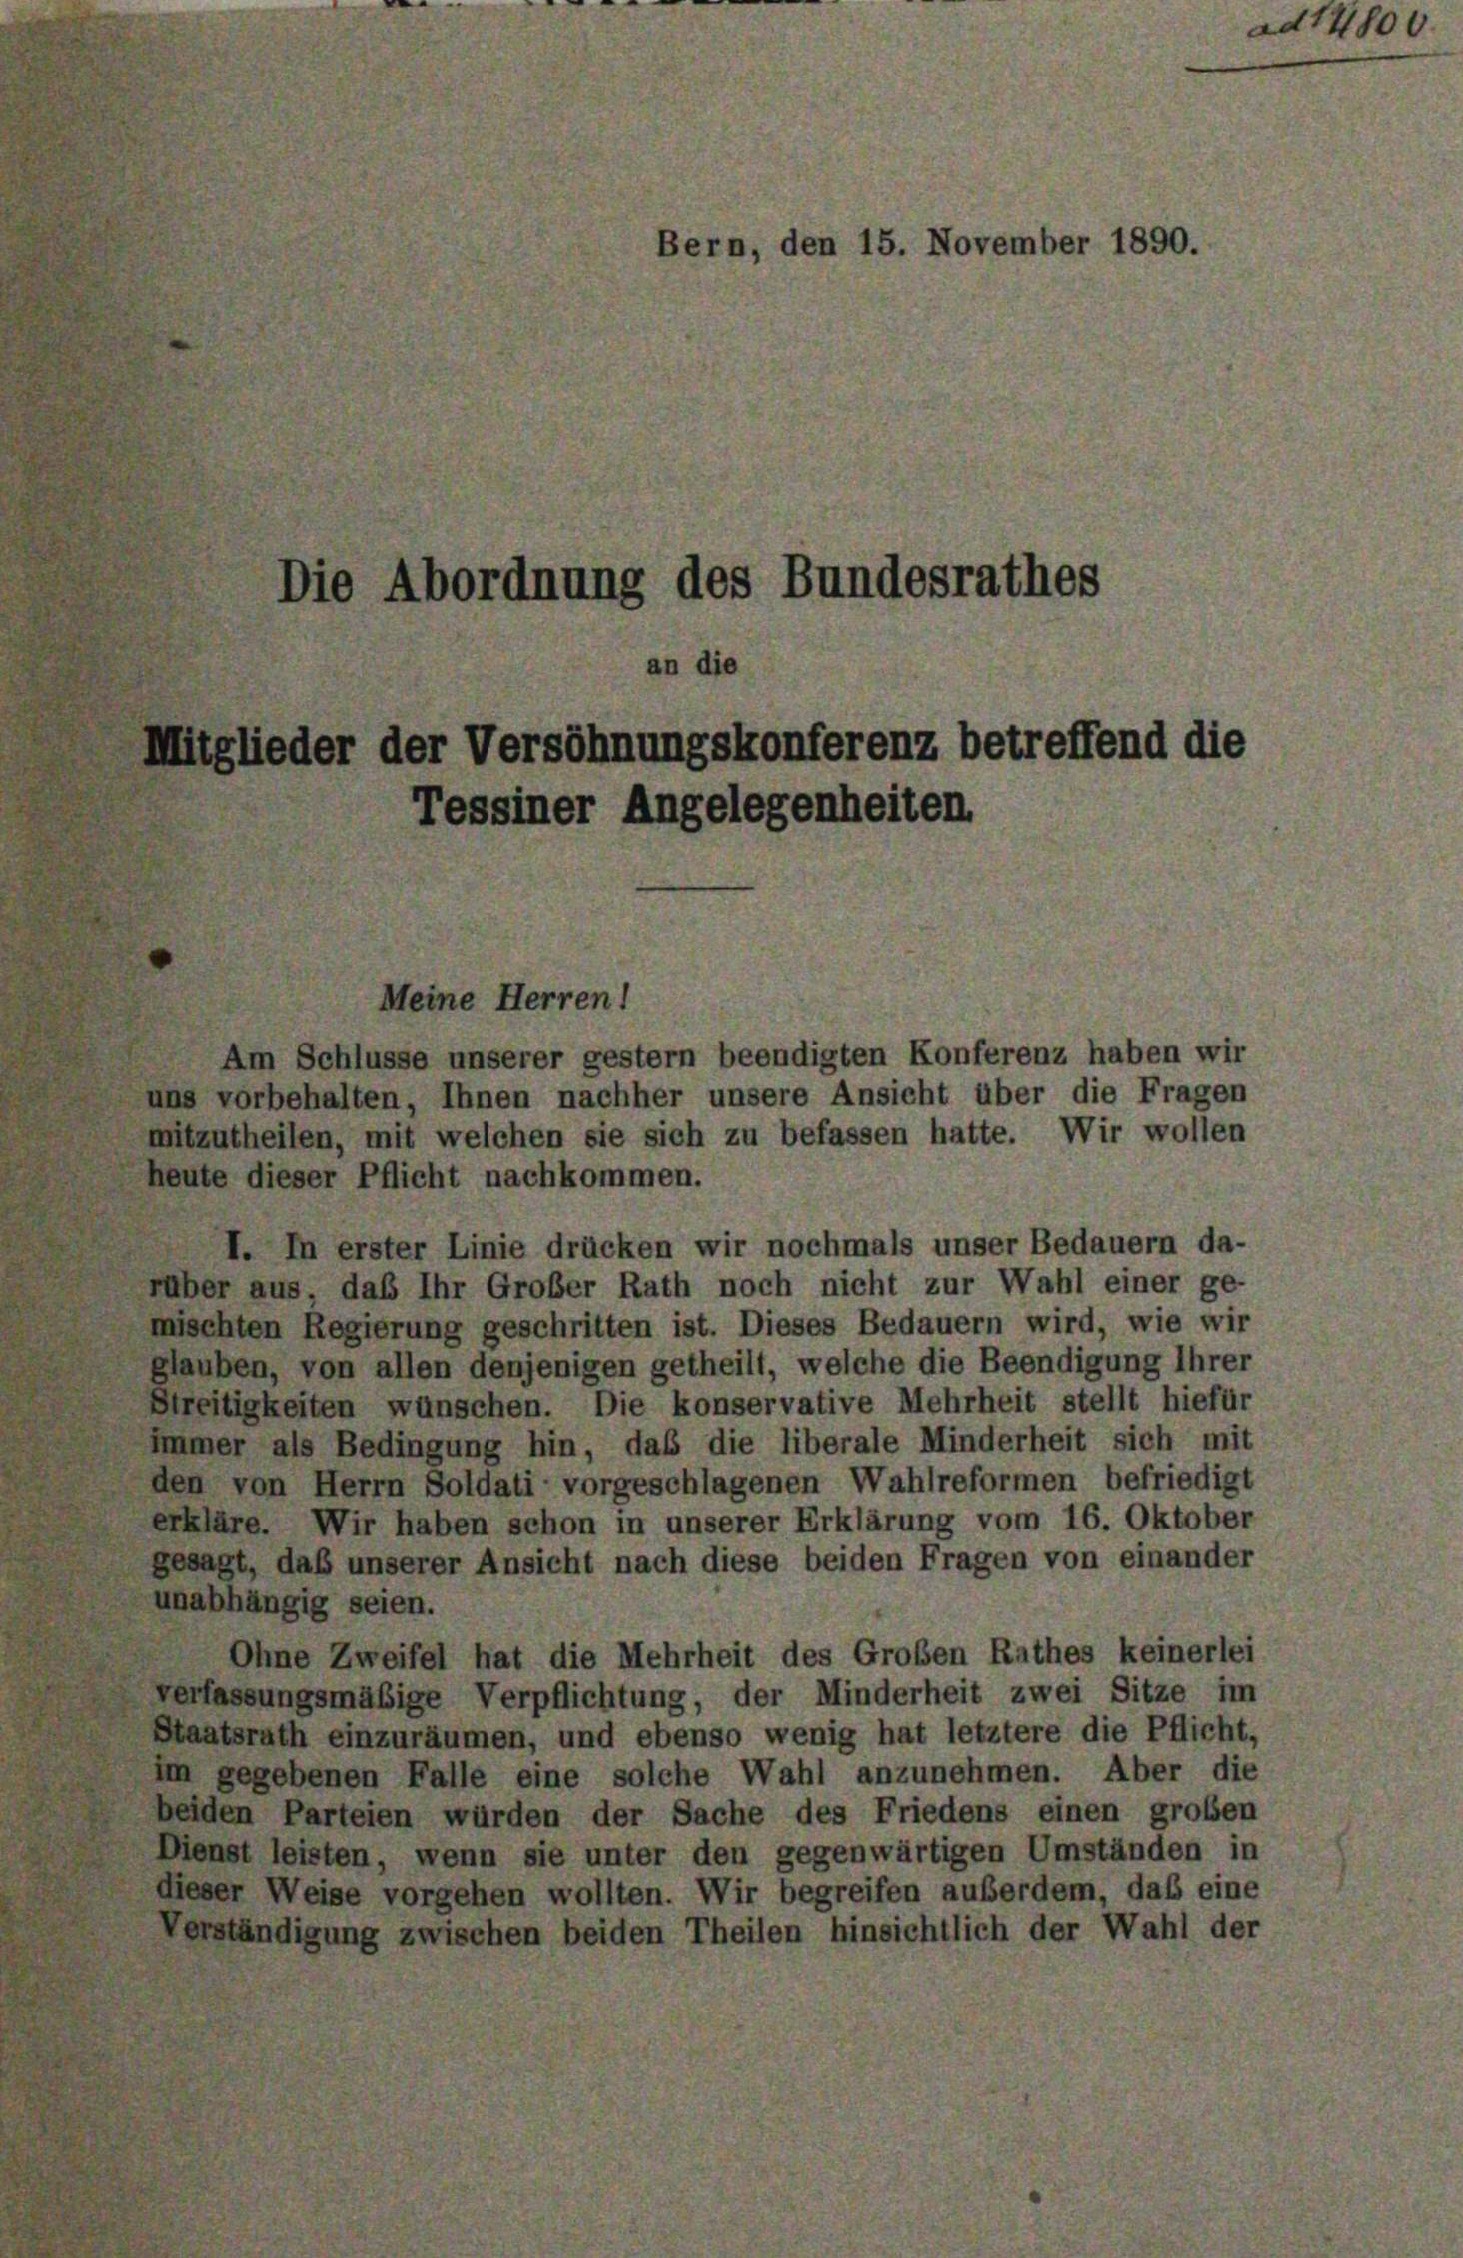
Bern, den 15. November 1890.
Die Abordnung des Bundesrathes
an die
Mitglieder der Versöhnungskonferenz betreffend die
Tessiner Angelegenheiten

Am Schlüsse unserer gestem beendigten Konferenz haben wir
uns vorbehalten, Ihnen nachher unsere Ansicht über die Fragen
mitzutheilen, mit welchen sie sich zu befassen hatte. Wir wollen
heute dieser Pflicht nachkommen.
I. In erster Linie drücken wir nochmals unser Bedauern da-
rüber aus das Ihr Großer Rath noch nicht zur Wahl einer ge-
mischten Regierung geschritten ist. Dieses Bedauern wird, wie wir
glauben, von allen denjenigen getheilt, welche die Beendigung ihrer
Streitigkeiten wünschen. Die konservative Mehrheit stellt hiefür
immer als Bedingung hin, daß die liberale Minderheit sich mit
den von Herrn Soldati vorgeschlagenen Wahlreformen befriedigt
erkläre. Wir haben schon in unserer Erklärung vom 16. Oktober
gesagt, daß unserer Ansicht nach diese beiden Fragen von einander
unabhängig seien.
Ohne Zweifel hat die Mehrheit des Großen Rathes keinerlei
verfassungsmäßige Verpflichtung, der Minderheit zwei Sitze im
Staatsrath einzuräumen, und ebenso wenig hat letztere die Pflicht,
im gegebenen Falle eine solche Wahl anzunehmen. Aber die
beiden Parteien würden der Sache des Friedens einen großen
Dienst leisten, wenn sie unter den gegenwärtigen Umständen in
dieser Weise vorgehen wollten. Wir begreifen außerdem, daß eine
Verständigung zwischen beiden Theilen hinsichtlich der Wahl der

Meine Herren!

ad14800